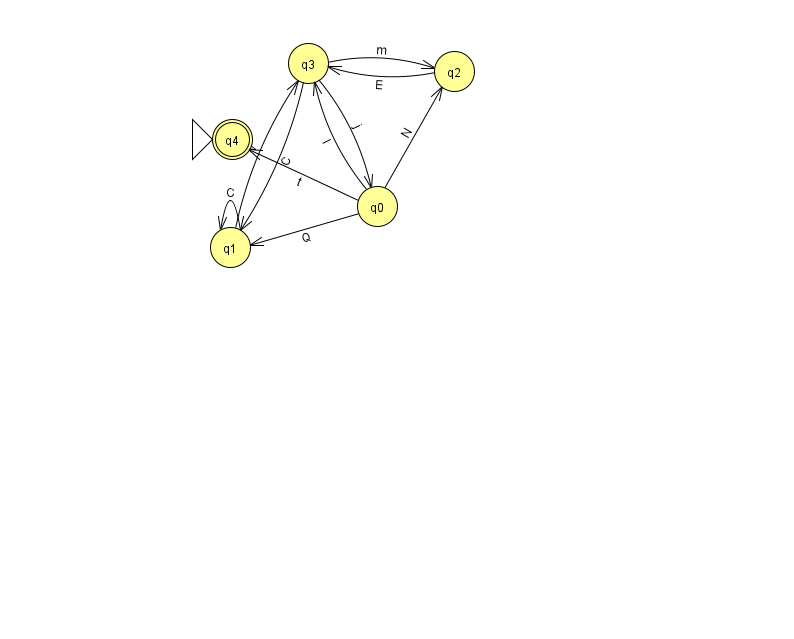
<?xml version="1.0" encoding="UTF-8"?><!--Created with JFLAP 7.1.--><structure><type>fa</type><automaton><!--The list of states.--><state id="0" name="q0"><x>377.0</x><y>193.0</y></state><state id="1" name="q1"><x>230.0</x><y>234.0</y></state><state id="2" name="q2"><x>454.0</x><y>58.0</y></state><state id="3" name="q3"><x>308.0</x><y>50.0</y></state><state id="4" name="q4"><x>232.0</x><y>126.0</y><initial/><final/></state><!--The list of transitions.--><transition><from>0</from><to>4</to><read>t</read></transition><transition><from>0</from><to>1</to><read>Q</read></transition><transition><from>3</from><to>0</to><read>j</read></transition><transition><from>0</from><to>3</to><read>I</read></transition><transition><from>1</from><to>1</to><read>C</read></transition><transition><from>3</from><to>2</to><read>m</read></transition><transition><from>3</from><to>1</to><read>C</read></transition><transition><from>0</from><to>2</to><read>N</read></transition><transition><from>2</from><to>3</to><read>E</read></transition><transition><from>1</from><to>3</to><read>v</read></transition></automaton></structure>